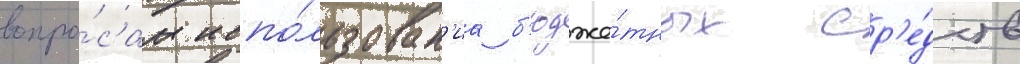
вопро́сам испо́льзован'иа б'юдже́тных ср'е́дств